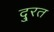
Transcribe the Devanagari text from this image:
दु्रत